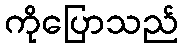
ကိုပြောသည်